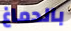
بالدماغ